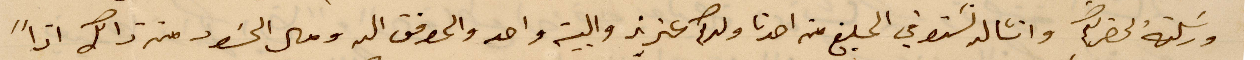
ورسلته لحضرتكم وانشالله تستوفي المبلغ من احدنا ولدكم عزيز والبيت واحد والمرفق الهه ومال %% من ذاك اذًا